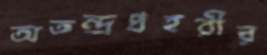
অতন্দ্রপ্রহরীর